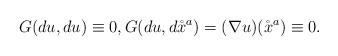
LaTeX: \begin{align*} G(d u,d u)\equiv 0, G(d u,d\mathring x^a)=(\nabla u)(\mathring x^a)\equiv 0.\end{align*}